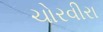
ચોરવીરા